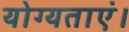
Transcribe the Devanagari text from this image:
योग्यताएं।